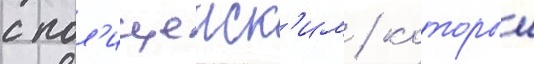
с пол'ицеиск'им / которыи